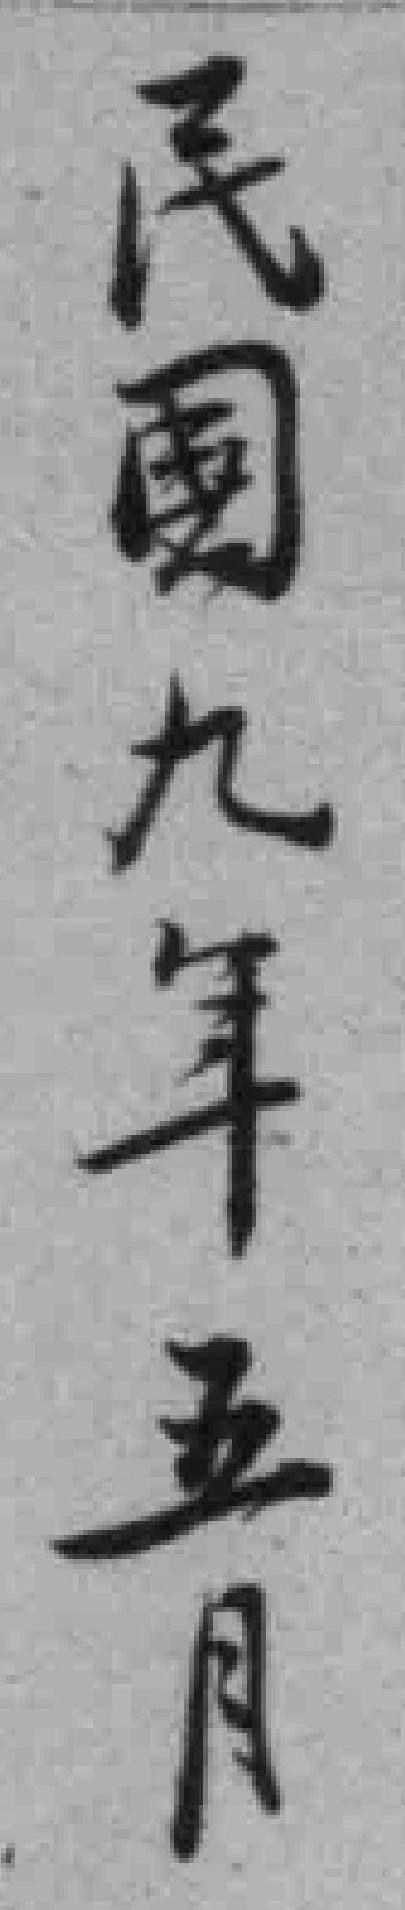
民国九年五月